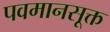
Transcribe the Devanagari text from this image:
पवमानसूक्त